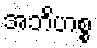
အဘိဟစ္စ